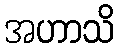
အဟာသိ